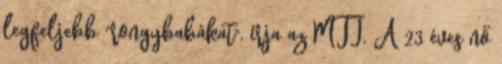
legfeljebb "rongybabákat", írja az MTI. A 23 éves nő